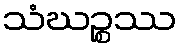
သံဃဉ္စဿ